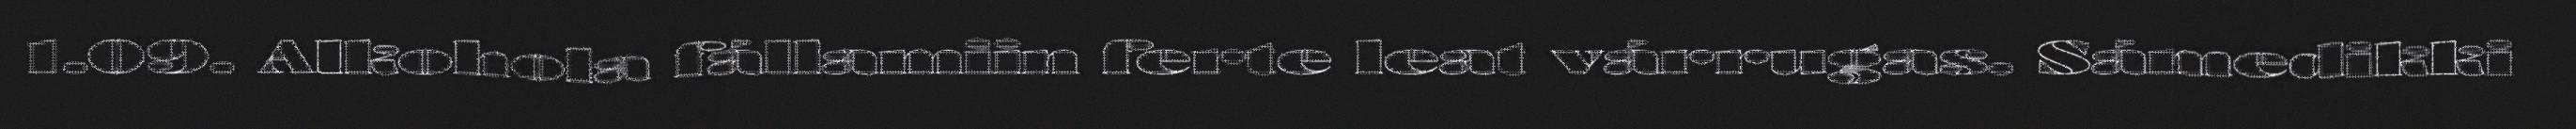
1.09. Alkohola fállamiin ferte leat várrugas. Sámedikki